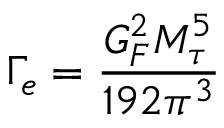
\Gamma _ { e } = \frac { G _ { F } ^ { 2 } M _ { \tau } ^ { 5 } } { 1 9 2 \pi ^ { 3 } }